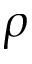
\rho